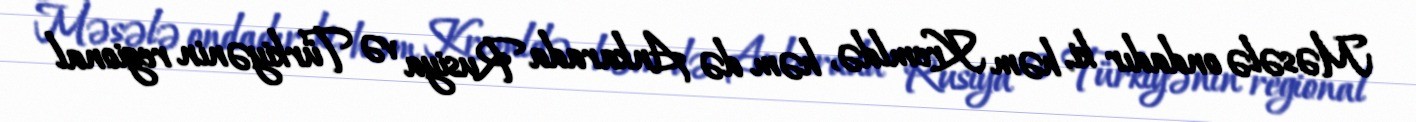
Məsələ ondadır ki, həm Kremldə, həm də Ankarada Rusiya və Türkiyənin regional